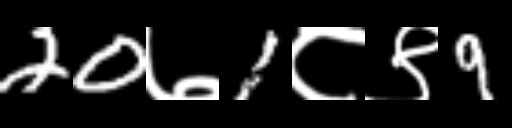
Text: 20७1८९9